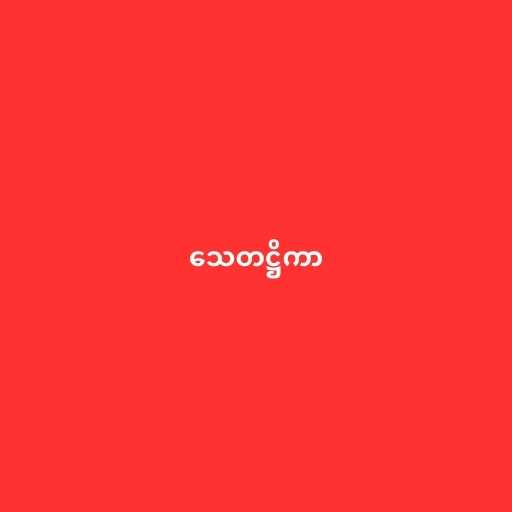
သေတဋ္ဌိကာ